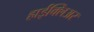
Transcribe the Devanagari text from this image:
हाईक्लिअर